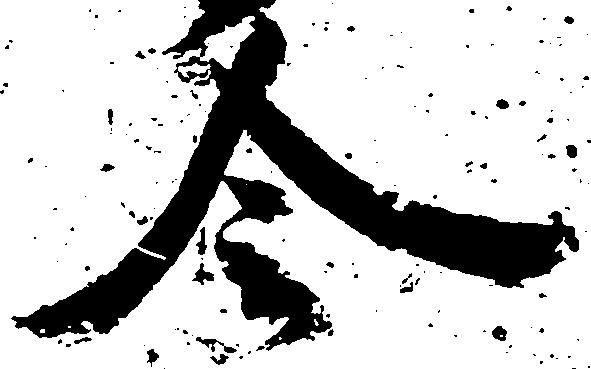
令